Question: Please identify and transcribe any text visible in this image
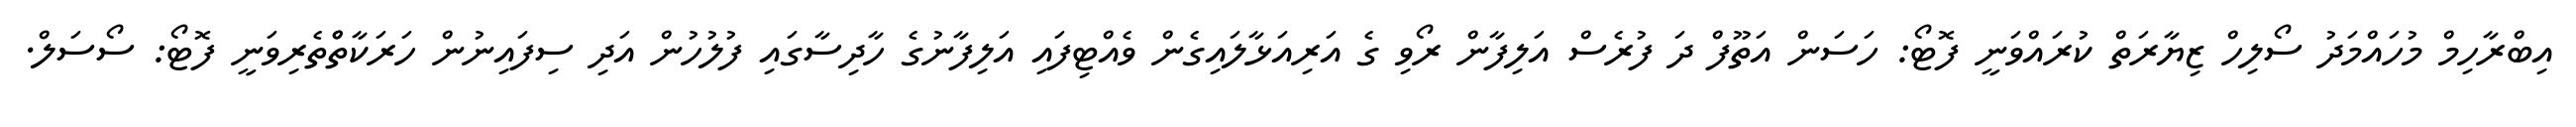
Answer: އިބްރާހިމް މުހައްމަދު ސޯލިހް ޒިޔާރަތް ކުރައްވަނީ ފޮޓޯ: ހަސަން އަތޫފް ދަ ފުރެސް އަލިފާން ރޯވި ގެ އަރިއަޅާލައިގެން ވެއްޓިފައި އަލިފާނުގެ ހާދިސާގައި ފުލުހުން އަދި ސިފައިނުން ހަރަކާތްްތެރިވަނީ ފޮޓޯ: ސޯސަލް.